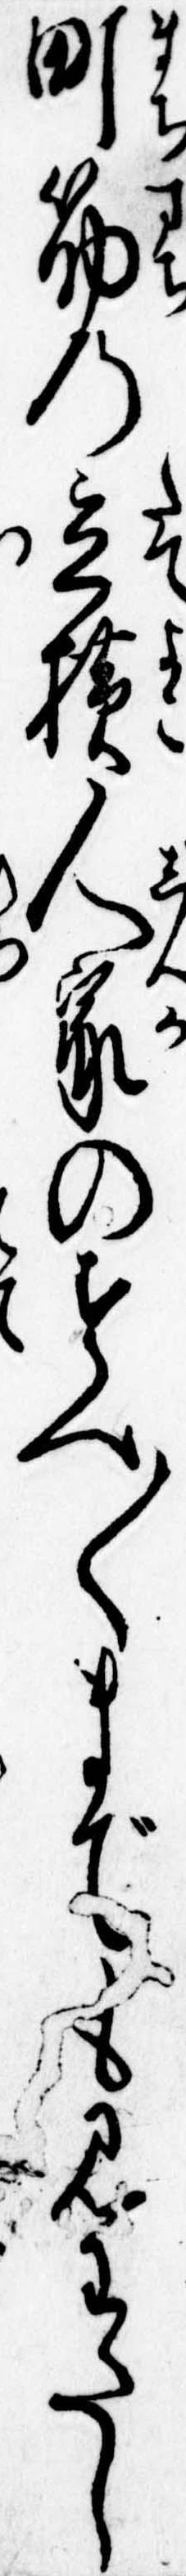
町筋の立横人家のすへ〱までも見わたし